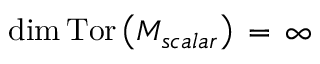
\mathrm { d i m } \, \mathrm { T o r } \left( { \cal M } _ { s c a l a r } \right) \, = \, \infty